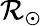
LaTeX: \mathcal{R}_{\odot}